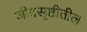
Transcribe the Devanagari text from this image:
जीवसृष्टीतील